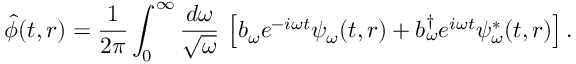
\hat { \phi } ( t , r ) = \frac { 1 } { 2 \pi } \int _ { 0 } ^ { \infty } \frac { d \omega } { \sqrt { \omega } } \, \left[ b _ { \omega } e ^ { - i \omega t } \psi _ { \omega } ( t , r ) + b _ { \omega } ^ { \dagger } e ^ { i \omega t } \psi _ { \omega } ^ { \ast } ( t , r ) \right] .